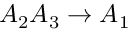
A _ { 2 } A _ { 3 } \rightarrow A _ { 1 }